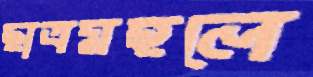
ছাত্রমহলে